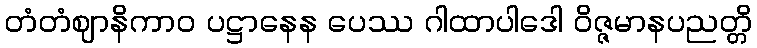
တံတံဈာနိကာဝ ပဋ္ဌာနေန ပေဿ ဂါထာပါဒေါ ဝိဇ္ဇမာနပညတ္တိ